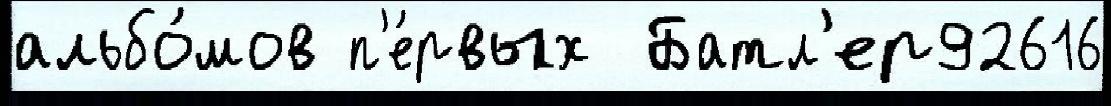
альбо́мов п'е́рвых  Батл'ер92616